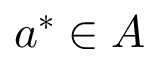
a ^ { * } \in A